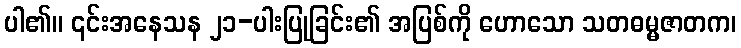
ပါ၏။ ၎င်းအနေသန ၂၁-ပါးပြုခြင်း၏ အပြစ်ကို ဟောသော သတဓမ္မဇာတက၊